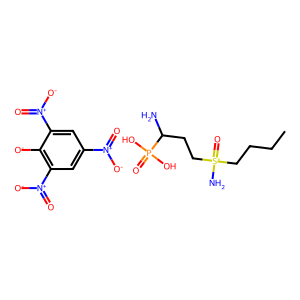
SMILES: CCCC[S+](N)(=O)CCC(N)P(=O)(O)O.O=[N+]([O-])c1cc([N+](=O)[O-])c([O-])c([N+](=O)[O-])c1
Inhibits HIV replication: No